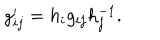
g _ { i j } ^ { \prime } = h _ { i } g _ { i j } h _ { j } ^ { - 1 } .